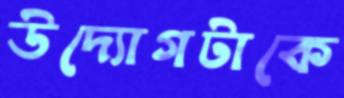
উদ্যোগটাকে